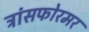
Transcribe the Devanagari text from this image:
ट्रांसफोरमर